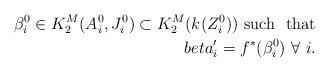
LaTeX: \begin{align*}\beta^0_i \in K^M_2(A^0_i, J^0_i) \subset K^M_2(k(Z^0_i)) \ \mbox{such \ that} \\beta'_i = f^*(\beta^0_i) \ \forall \ i.\end{align*}